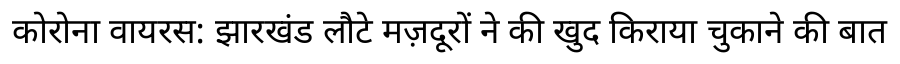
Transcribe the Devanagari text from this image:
कोरोना वायरस: झारखंड लौटे मज़दूरों ने की खुद किराया चुकाने की बात